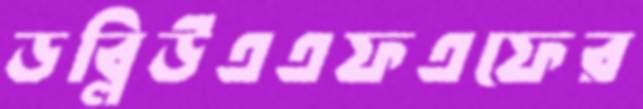
ডব্লিউএএফএফের